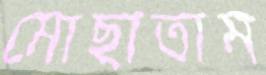
মোছাতাম